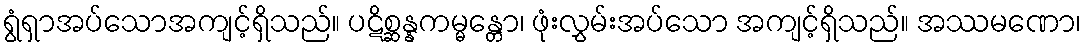
ရွံရှာအပ်သောအကျင့်ရှိသည်။ ပဋိစ္ဆန္နကမ္မန္တော၊ ဖုံးလွှမ်းအပ်သော အကျင့်ရှိသည်။ အဿမဏော၊